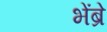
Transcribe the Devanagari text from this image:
भेंब्रे